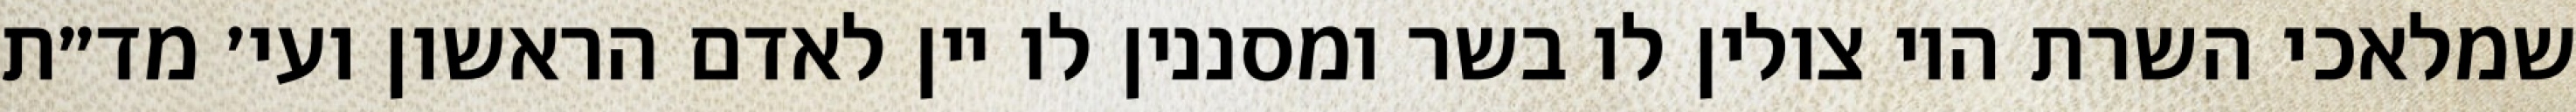
שמלאכי השרת היו צולין לו בשר ומסננין לו יין לאדם הראשון ועי׳ מד״ת